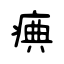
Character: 痶